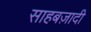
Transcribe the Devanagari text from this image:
साहबज़ादी